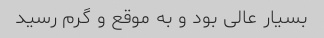
بسیار عالی بود و به موقع و گرم رسید